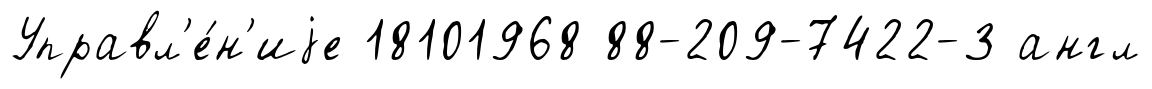
Управл'е́н'иjе 18101968 88-209-7422-3 англ